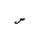
Letter: _sin